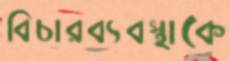
বিচারব্যবস্থাকে